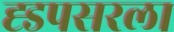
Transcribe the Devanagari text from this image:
ह्डपसरला